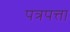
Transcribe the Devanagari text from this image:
पत्रपत्ता